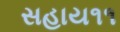
સહાય૧૧